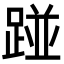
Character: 踫